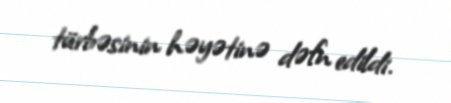
türbəsinin həyətinə dəfn edildi.